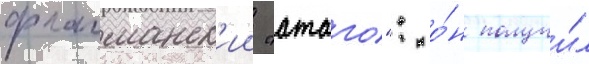
флагманск'ии "атаго": о́н получи́л